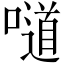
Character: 𠿱